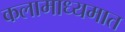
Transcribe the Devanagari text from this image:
कलामाध्यमात